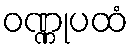
ဝဏ္ဏုပထံ